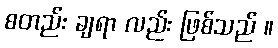
စတည်း ချရာ လည်း ဖြစ်သည် ။